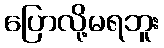
ပြောလို့မရဘူး